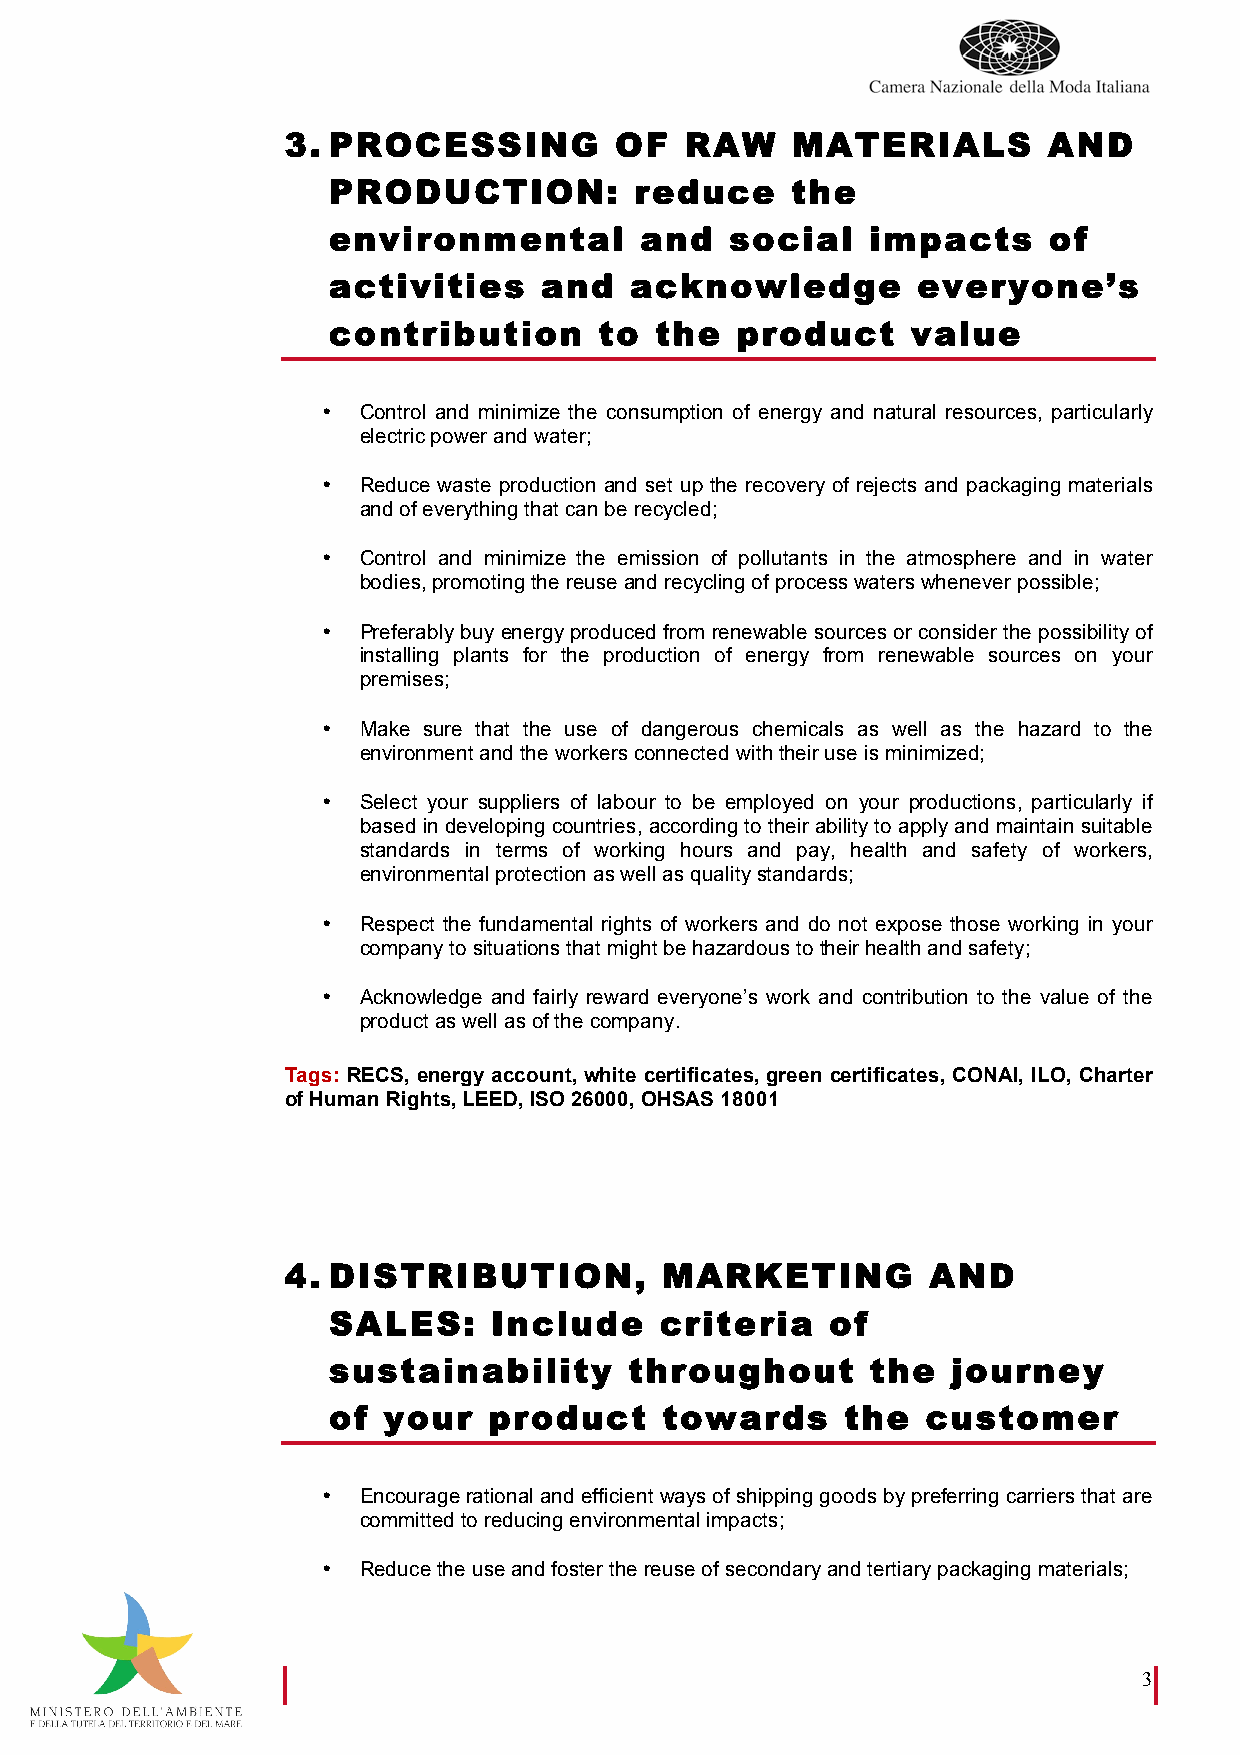
3. PROCESSING         OF  RAW    MATERIALS        AND
 PRODUCTION:         reduce    the
 environmental       and   social    impacts    of
 activities    and   acknowledge        everyone’s
 contribution      to the   product    value
 •  Control and minimize the consumption of energy and natural resources, particularly
 electric power and water;
 •  Reduce waste production and set up the recovery of rejects and packaging materials
 and of everything that can be recycled;
 •  Control and minimize the emission of pollutants in the atmosphere and in water
 bodies, promoting the reuse and recycling of process waters whenever possible;
 •  Preferably buy energy produced from renewable sources or consider the possibility of
 installing plants for the production of energy from renewable sources on your
 premises;
 •  Make sure that the use of dangerous chemicals as well as the hazard to the
 environment and the workers connected with their use is minimized;
 •  Select your suppliers of labour to be employed on your productions, particularly if
 based in developing countries, according to their ability to apply and maintain suitable
 standards in terms of working hours and pay, health and safety of workers,
 environmental protection as well as quality standards;
 •  Respect the fundamental rights of workers and do not expose those working in your
 company to situations that might be hazardous to their health and safety;
 •  Acknowledge and fairly reward everyone’s work and contribution to the value of the
 product as well as of the company.
 Tags: RECS, energy account, white certificates, green certificates, CONAI, ILO, Charter
 of Human Rights, LEED, ISO 26000, OHSAS 18001
 4. DISTRIBUTION,         MARKETING        AND
 SALES:    Include     criteria   of
 sustainability      throughout      the  journey
 of your   product     towards     the  customer
 •  Encourage rational and efficient ways of shipping goods by preferring carriers that are
 committed to reducing environmental impacts;
 •  Reduce the use and foster the reuse of secondary and tertiary packaging materials;
 3